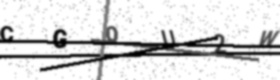
Text: CGOU2W